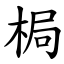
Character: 梮